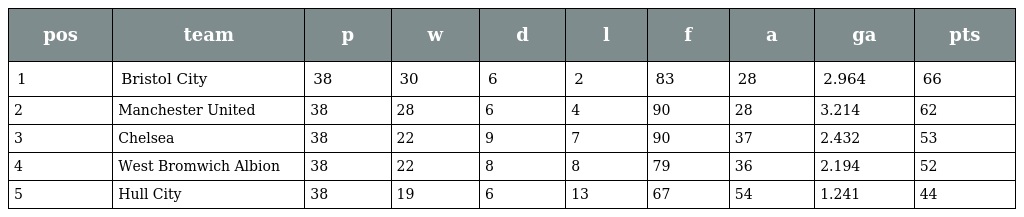
| pos | team | p | w | d | l | f | a | ga | pts |
 | --- | --- | --- | --- | --- | --- | --- | --- | --- | --- |
 | 1 | Bristol City | 38 | 30 | 6 | 2 | 83 | 28 | 2.964 | 66 |
 | 2 | Manchester United | 38 | 28 | 6 | 4 | 90 | 28 | 3.214 | 62 |
 | 3 | Chelsea | 38 | 22 | 9 | 7 | 90 | 37 | 2.432 | 53 |
 | 4 | West Bromwich Albion | 38 | 22 | 8 | 8 | 79 | 36 | 2.194 | 52 |
 | 5 | Hull City | 38 | 19 | 6 | 13 | 67 | 54 | 1.241 | 44 |